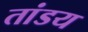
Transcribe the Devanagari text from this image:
तांडय